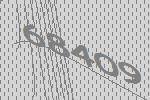
68409